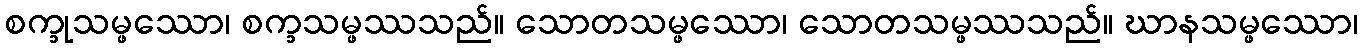
စက္ခုသမ္ဖဿော၊ စက္ခသမ္ဖဿသည်။ သောတသမ္ဖဿော၊ သောတသမ္ဖဿသည်။ ဃာနသမ္ဖဿော၊